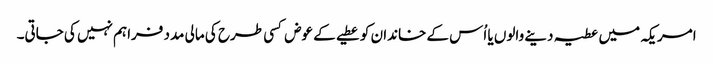
امریکہ میں عطیہ دینے والوں یا اُس کے خاندان کو عطیے کے عوض کسی طرح کی مالی مدد فراہم نہیں کی جاتی۔